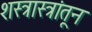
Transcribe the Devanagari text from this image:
शस्त्रास्त्रांतून